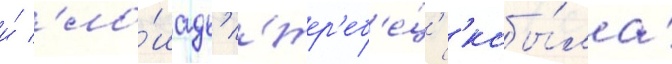
и́ 'ло́шадь' 'жер'еб'е́ц' 'кобы́ла'